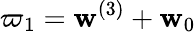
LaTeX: \varpi_{1}=\mathbf{w}^{(3)}+\mathbf{w}_{0}